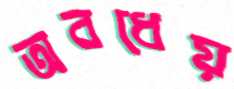
অবধেয়